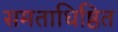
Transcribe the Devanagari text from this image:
समताधिष्ठित